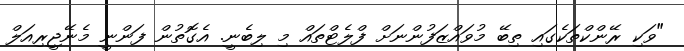
"ވަކި ރޭންކްތަކެގައި ތިބޭ މުވައްޒަފުންނަށް ފްލެޓްތައް މި ލިބެނީ. އެގޮތުން ފަންނީ މެނޭޖީރިއަލް